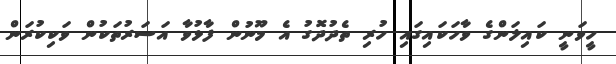
ހީވަނީ ކައިލަންގެ ވާހަކައިގައި ހުރި ތެދުދޮގު އެ މޫނުން ފާޅުވާ އަސަރުތަކުން ވަކިކުރަން